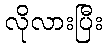
လိုလားပြီး